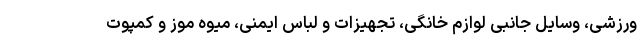
ورزشی، وسایل جانبی لوازم خانگی، تجهیزات و لباس ایمنی، میوه موز و کمپوت